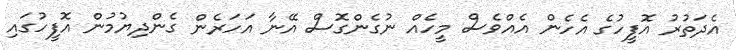
އެދަތުރު އޮފީހުގެ އެހެން އެއްވެސް މީހެއް ނުގެންގޮސް އޭނާ އަހަރެން ގެންދިޔުމުން އޮފީހުގައި